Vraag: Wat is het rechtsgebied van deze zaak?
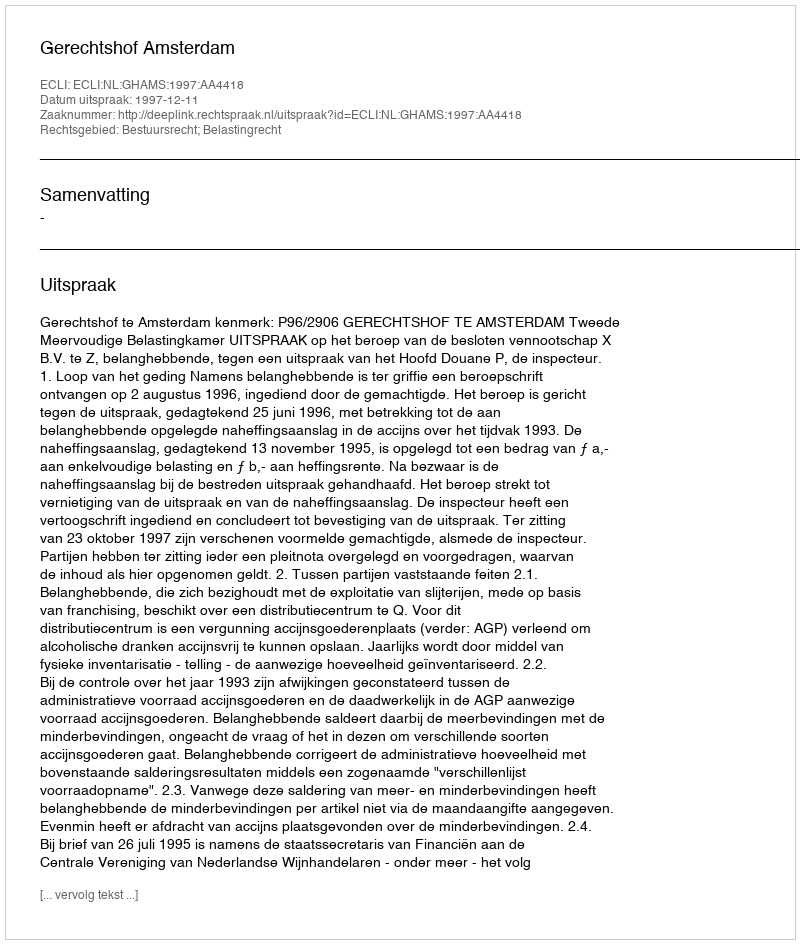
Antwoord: Bestuursrecht; Belastingrecht